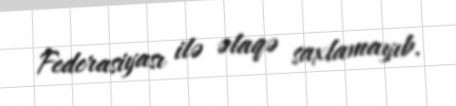
Federasiyası ilə əlaqə saxlamayıb.